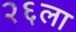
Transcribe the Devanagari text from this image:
२६ला